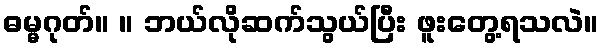
ဓမ္မဂုတ်။ ။ ဘယ်လိုဆက်သွယ်ပြီး ဖူးတွေ့ရသလဲ။